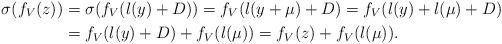
LaTeX: \begin{align*}\sigma(f_V(z))&=\sigma(f_V(l(y)+D))=f_V(l(y+\mu)+D)=f_V(l(y)+l(\mu)+D)\\&=f_V(l(y)+D)+f_V(l(\mu))=f_V(z)+f_V(l(\mu)).\end{align*}